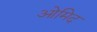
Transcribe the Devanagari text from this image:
ओमिद